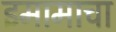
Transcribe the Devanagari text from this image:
इमामाचा